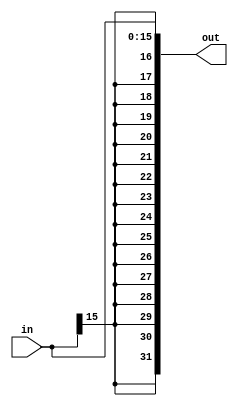
module sign_ex(
  in, out
);
  parameter INPUT_WIDTH  = 16;
  parameter OUTPUT_WIDTH = 32;

  input  [INPUT_WIDTH-1:0]  in;
  output [OUTPUT_WIDTH-1:0] out;

  localparam MSB_POSITION = INPUT_WIDTH - 1;
  localparam MSB_REP_COUNT = OUTPUT_WIDTH - INPUT_WIDTH;

  assign out = {{MSB_REP_COUNT{in[MSB_POSITION]}}, in[INPUT_WIDTH-1:0]};

endmodule